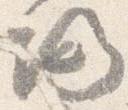
帰